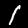
Label: 1